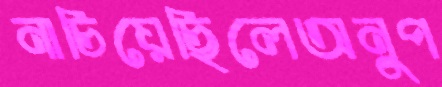
নাচিয়েছিলেঅনুপ